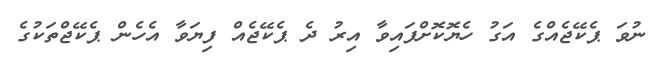
ނުވަ ޕެކޭޖެއްގެ އަގު ހެޔޮކޮށްފައިވާ އިރު ދެ ޕެކޭޖެއް ފިޔަވާ އެހެން ޕެކޭޖްތަކުގެ